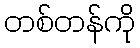
တစ်တန်ကို